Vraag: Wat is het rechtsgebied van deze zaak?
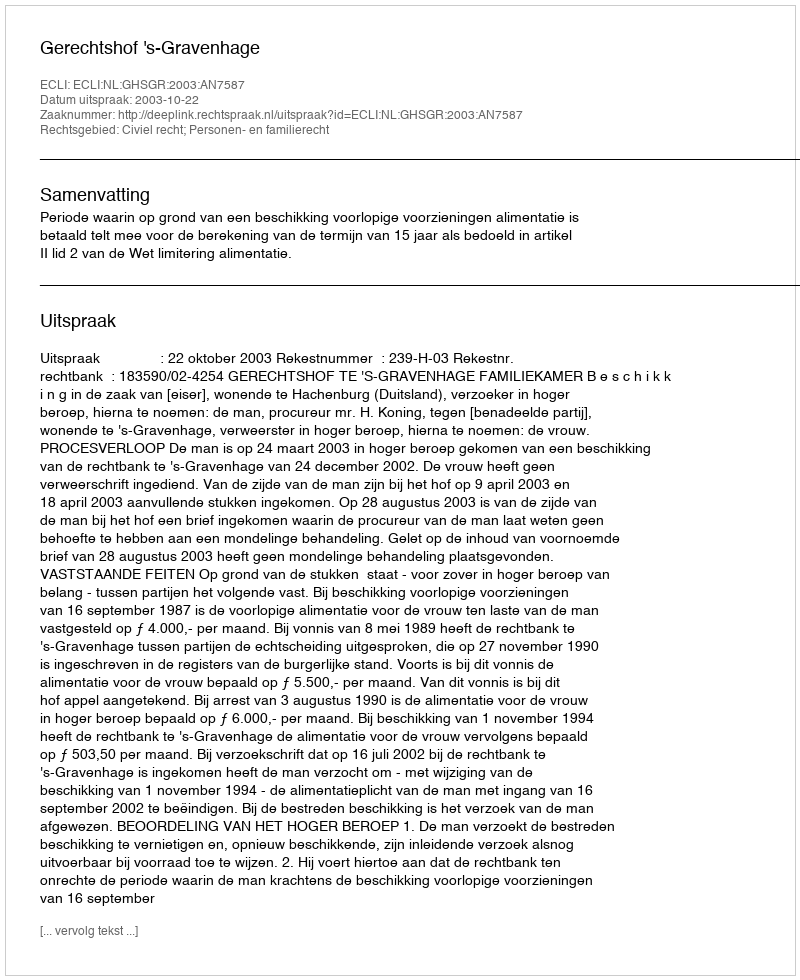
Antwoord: Civiel recht; Personen- en familierecht